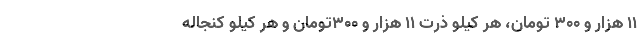
۱۱ هزار و ۳۰۰ تومان، هر کیلو ذرت ۱۱ هزار و ۳۰۰تومان و هر کیلو کنجاله